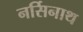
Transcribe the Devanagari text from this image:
नर्सिनाथ